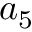
a _ { 5 }